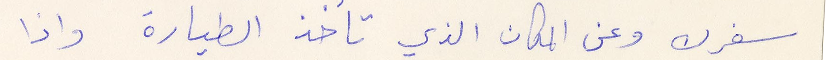
سفرك وعن المكان الذي تأخذ الطيارة واذا